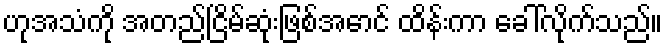
ဟုအသံကို အတည်ငြိမ်ဆုံးဖြစ်အောင် ထိန်းကာ ခေါ်လိုက်သည်။